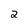
Character: 2